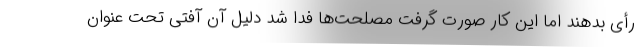
رأی بدهند اما این کار صورت گرفت مصلحت‌ها فدا شد دلیل آن آفتی تحت عنوان